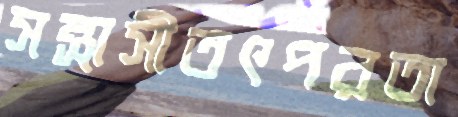
সন্ত্রাসীতৎপরতা